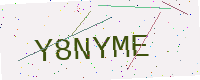
Text: Y8NYME